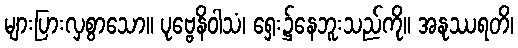
များပြားလှစွာသော။ ပုဗ္ဗေနိဝါသံ၊ ရှေး၌နေဘူးသည်ကို။ အနုဿရတိ၊